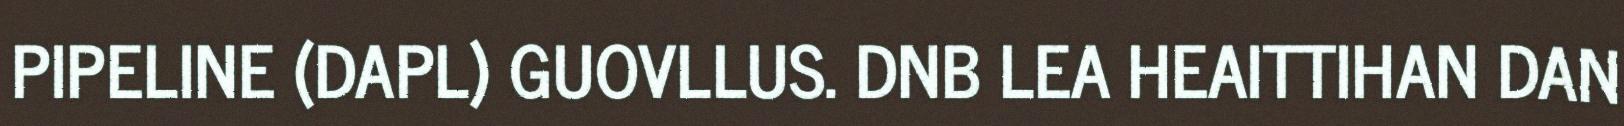
PIPELINE (DAPL) GUOVLLUS. DNB LEA HEAITTIHAN DAN